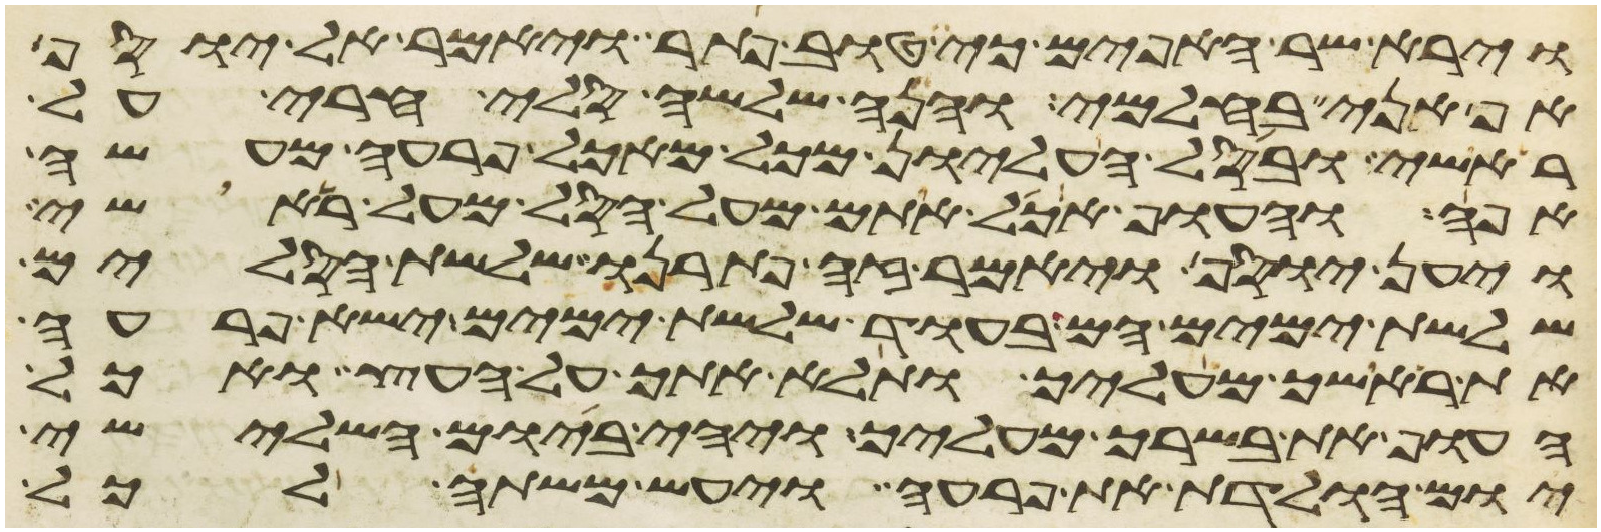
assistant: וירא שר האפים כי טוב פתר ויאמר אל יוסף
אף אני בחלמי והנה שלשה סלי חרי על
ראשי ובסל העליון מכל מאכל פרעה מעשה
אפה והעוף אכל אתם מעל הסל מעל ראשי
ויען יוסף ויאמר זה פתרנו שלשת הסלים
שלשת ימים הם בעוד שלשת ימים ישא פרעה
את ראשך מעליך ותלא אתך על העץ ואכל
העוף את בשרך מעליך ויהי ביום השלישי
יום הולדת את פרעה ויעש משתה לכל